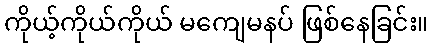
ကိုယ့်ကိုယ်ကိုယ် မကျေမနပ် ဖြစ်နေခြင်း။